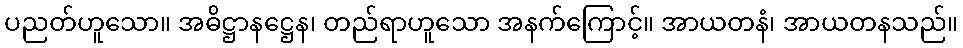
ပညတ်ဟူသော။ အဓိဋ္ဌာနဋ္ဌေန၊ တည်ရာဟူသော အနက်ကြောင့်။ အာယတနံ၊ အာယတနသည်။